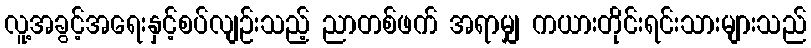
လူ့အခွင့်အရေးနှင့်စပ်လျဉ်းသည့် ညာတစ်ဖက် အရာမျှ ကယားတိုင်းရင်းသားများသည်